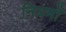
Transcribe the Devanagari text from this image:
नियमोँ